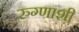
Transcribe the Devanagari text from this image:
रुग्णाशी